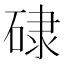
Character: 𥓏